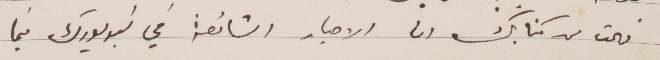
فهمت من كتابتك ان الاخبار الشائعة في نيويورك فيما